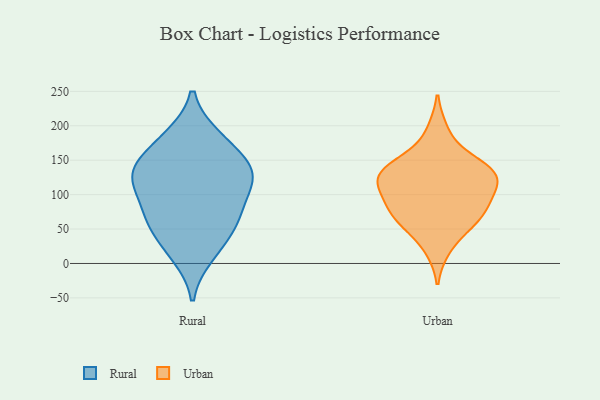
{"axis": {"x": "Population (Million)", "y": "Value"}, "legend": ["Rural", "Urban"], "data": [{"x": "", "y": 57, "type": "Rural"}, {"x": "", "y": 24, "type": "Rural"}, {"x": "", "y": 73, "type": "Rural"}, {"x": "", "y": 136, "type": "Rural"}, {"x": "", "y": 156, "type": "Rural"}, {"x": "", "y": 70, "type": "Rural"}, {"x": "", "y": 120, "type": "Rural"}, {"x": "", "y": 184, "type": "Rural"}, {"x": "", "y": 137, "type": "Rural"}, {"x": "", "y": 134, "type": "Rural"}, {"x": "", "y": 183, "type": "Rural"}, {"x": "", "y": 112, "type": "Rural"}, {"x": "", "y": 115, "type": "Rural"}, {"x": "", "y": 62, "type": "Rural"}, {"x": "", "y": 12, "type": "Rural"}, {"x": "", "y": 127, "type": "Urban"}, {"x": "", "y": 81, "type": "Urban"}, {"x": "", "y": 63, "type": "Urban"}, {"x": "", "y": 54, "type": "Urban"}, {"x": "", "y": 130, "type": "Urban"}, {"x": "", "y": 148, "type": "Urban"}, {"x": "", "y": 21, "type": "Urban"}, {"x": "", "y": 105, "type": "Urban"}, {"x": "", "y": 96, "type": "Urban"}, {"x": "", "y": 128, "type": "Urban"}, {"x": "", "y": 65, "type": "Urban"}, {"x": "", "y": 82, "type": "Urban"}, {"x": "", "y": 129, "type": "Urban"}, {"x": "", "y": 118, "type": "Urban"}, {"x": "", "y": 150, "type": "Urban"}, {"x": "", "y": 193, "type": "Urban"}]}